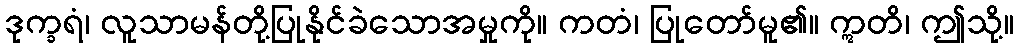
ဒုက္ခရံ၊ လူသာမန်တို့ပြုနိုင်ခဲသောအမှုကို။ ကတံ၊ ပြုတော်မူ၏။ ဣတိ၊ ဤသို့။